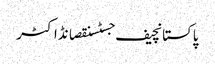
پاکستانچیف جسٹسنقصانڈاکٹر